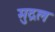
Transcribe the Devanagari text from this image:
मुद्रल